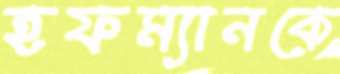
হফম্যানকে